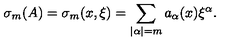
\sigma _ { m } ( A ) = \sigma _ { m } ( x , \xi ) = \sum _ { | \alpha | = m } a _ { \alpha } ( x ) { \xi } ^ { \alpha } .